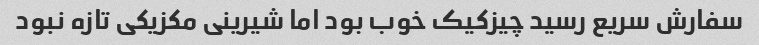
سفارش سریع رسید چیزکیک خوب بود اما شیرینی مکزیکی تازه نبود